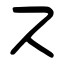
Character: ス